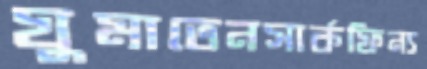
ঘুমাতেনসার্কফিন্য